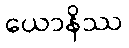
ယောနိဿ